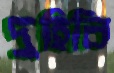
দুহিবি